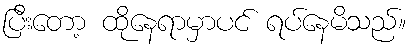
ပြီးတော့ ထိုနေရာမှာပင် ရပ်နေမိသည်။